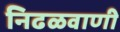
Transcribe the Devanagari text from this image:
निढळवाणी